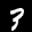
Label: 3